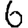
Digit: 6